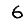
Digit: 6